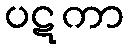
ပဋကာ